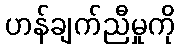
ဟန်ချက်ညီမှုကို